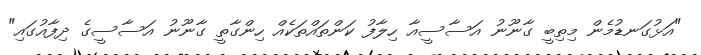
"އަޅުގަނޑުމެން މިތިބީ ގާނޫނު އަސާސީއާ ހިލާފު ކަންތައްތަކެއް ހިންގާތީ ގާނޫނު އަސާސީގެ ދިފާއުގައި"